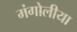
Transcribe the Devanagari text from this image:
मंगोलीया